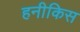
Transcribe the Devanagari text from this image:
हनीकिस